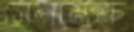
সেনামুক্ত